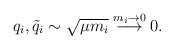
\begin{align*}q_i, {\tilde q}_i \sim \sqrt {\mu m_i} \stackrel{ m_i \to 0}{\longrightarrow} 0.\end{align*}